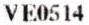
VE0514